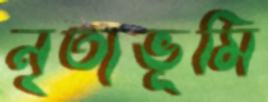
নৃত্যভূমি